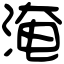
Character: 淹